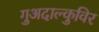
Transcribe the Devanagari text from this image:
गुअदाल्कुविर